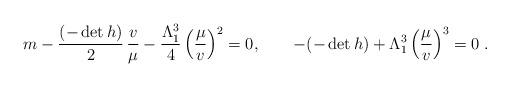
LaTeX: \begin{align*}m-\frac{(-\det h)}{2} \, \frac{v}{\mu}- \frac{\Lambda_1^3}{4} \left(\frac{\mu}{v}\right)^2=0, \qquad -(-\det h) + \Lambda_1^3 \left(\frac{\mu}{v}\right)^3=0\;.\end{align*}